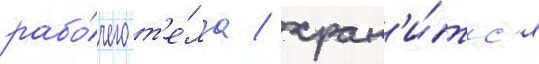
рабо́чего т'е́ла / хран'и́тс'я